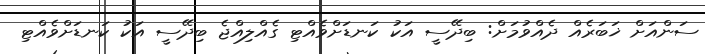
ސަންއަށް ޚަބަރެއް ދެއްވުމަށް: ބިދޭސީ އަކު ކަނޑަށްވެއްޓި ގެއްލިއްޖެ ބިދޭސީ އަކު ކަނޑަށްވެއްޓި